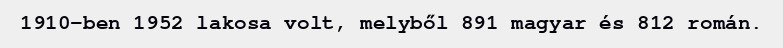
1910-ben 1952 lakosa volt, melyből 891 magyar és 812 román.